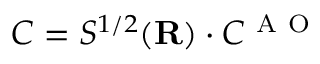
C = S ^ { 1 / 2 } ( { \mathbf { R } } ) \cdot C ^ { \mathrm { ~ A ~ O ~ } }